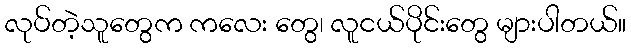
လုပ်တဲ့သူတွေက ကလေး တွေ၊ လူငယ်ပိုင်းတွေ များပါတယ်။